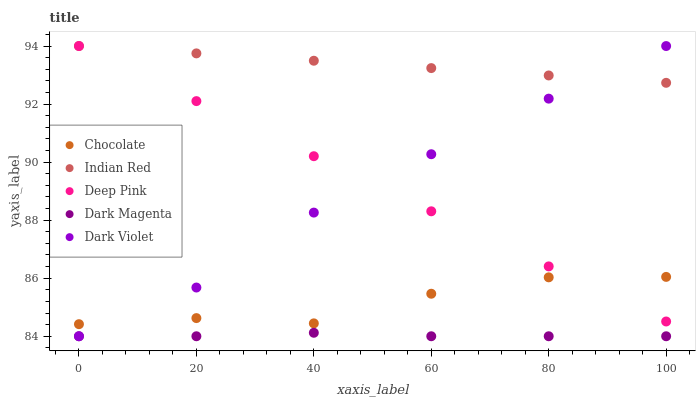
| xaxis_label | Chocolate | Indian Red | Deep Pink | Dark Magenta | Dark Violet |
 | --- | --- | --- | --- | --- | --- |
 | 0 | 84.4 | 94 | 94 | 84 | 84 |
 | 20 | 84.6 | 93.7 | 92.1 | 84 | 85.7 |
 | 40 | 84.4 | 93.5 | 90.2 | 84.1 | 88.3 |
 | 60 | 85.5 | 93.2 | 88.3 | 84 | 90.3 |
 | 80 | 86 | 93 | 86.4 | 84 | 92.2 |
 | 100 | 86 | 92.7 | 84.5 | 84 | 94 |